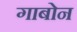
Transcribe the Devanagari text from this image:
गाबोन